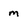
Character: m